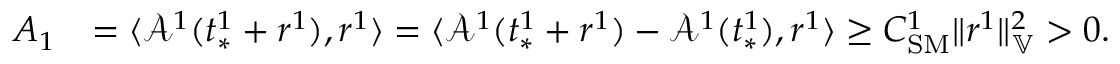
\begin{array} { r l } { A _ { 1 } } & { = \langle \mathcal { A } ^ { 1 } ( t _ { * } ^ { 1 } + r ^ { 1 } ) , r ^ { 1 } \rangle = \langle \mathcal { A } ^ { 1 } ( t _ { * } ^ { 1 } + r ^ { 1 } ) - \mathcal { A } ^ { 1 } ( t _ { * } ^ { 1 } ) , r ^ { 1 } \rangle \ge C _ { \mathrm { S M } } ^ { 1 } \| r ^ { 1 } \| _ { \mathbb { V } } ^ { 2 } > 0 . } \end{array}